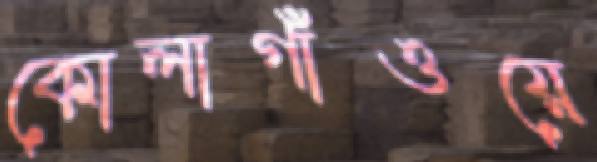
কোলাগাঁওয়ে